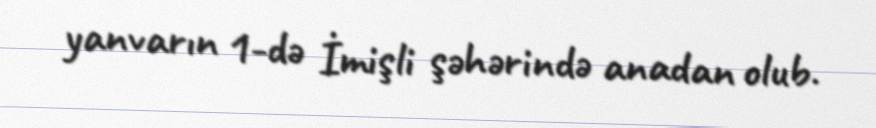
yanvarın 1-də İmişli şəhərində anadan olub.